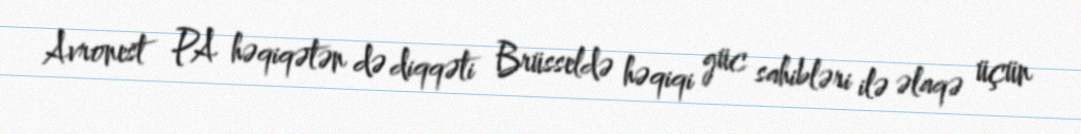
Avronest PA həqiqətən də diqqəti Brüsseldə həqiqi güc sahibləri ilə əlaqə üçün